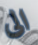
الى